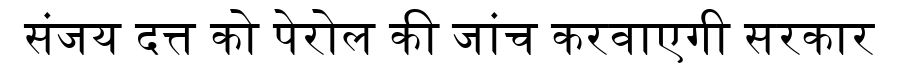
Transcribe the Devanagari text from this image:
संजय दत्त को पेरोल की जांच करवाएगी सरकार